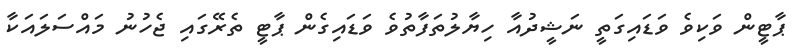
ޕާޓީން ވަކިވެ ވަޑައިގަތީ ނަޝީދުއާ ހިޔާލުތަފާތުވެ ވަޑައިގެން ޕާޓީ ތެރޭގައި ޖެހުނު މައްސަލައަކާ